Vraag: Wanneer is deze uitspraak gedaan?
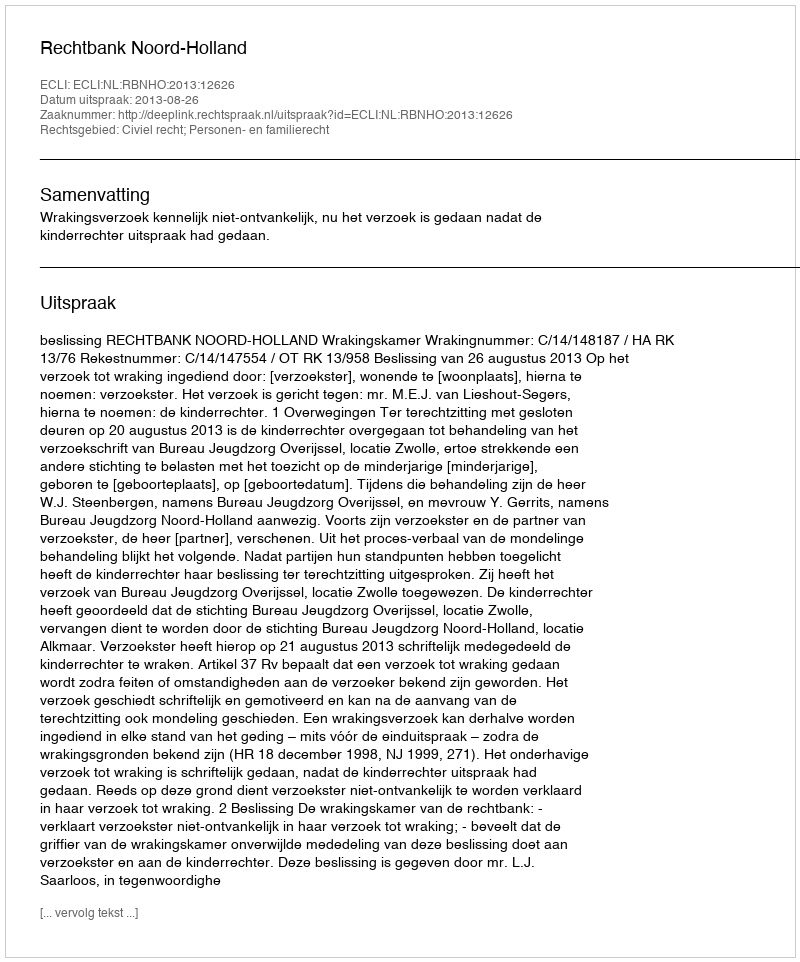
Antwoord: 2013-08-26